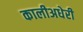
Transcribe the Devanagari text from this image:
कालीअधेरी